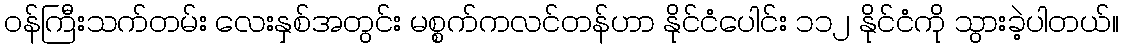
ဝန်ကြီးသက်တမ်း လေးနှစ်အတွင်း မစ္စက်ကလင်တန်ဟာ နိုင်ငံပေါင်း ၁၁၂ နိုင်ငံကို သွားခဲ့ပါတယ်။